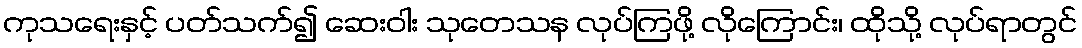
ကုသရေးနှင့် ပတ်သက်၍ ဆေးဝါး သုတေသန လုပ်ကြဖို့ လိုကြောင်း၊ ထိုသို့ လုပ်ရာတွင်